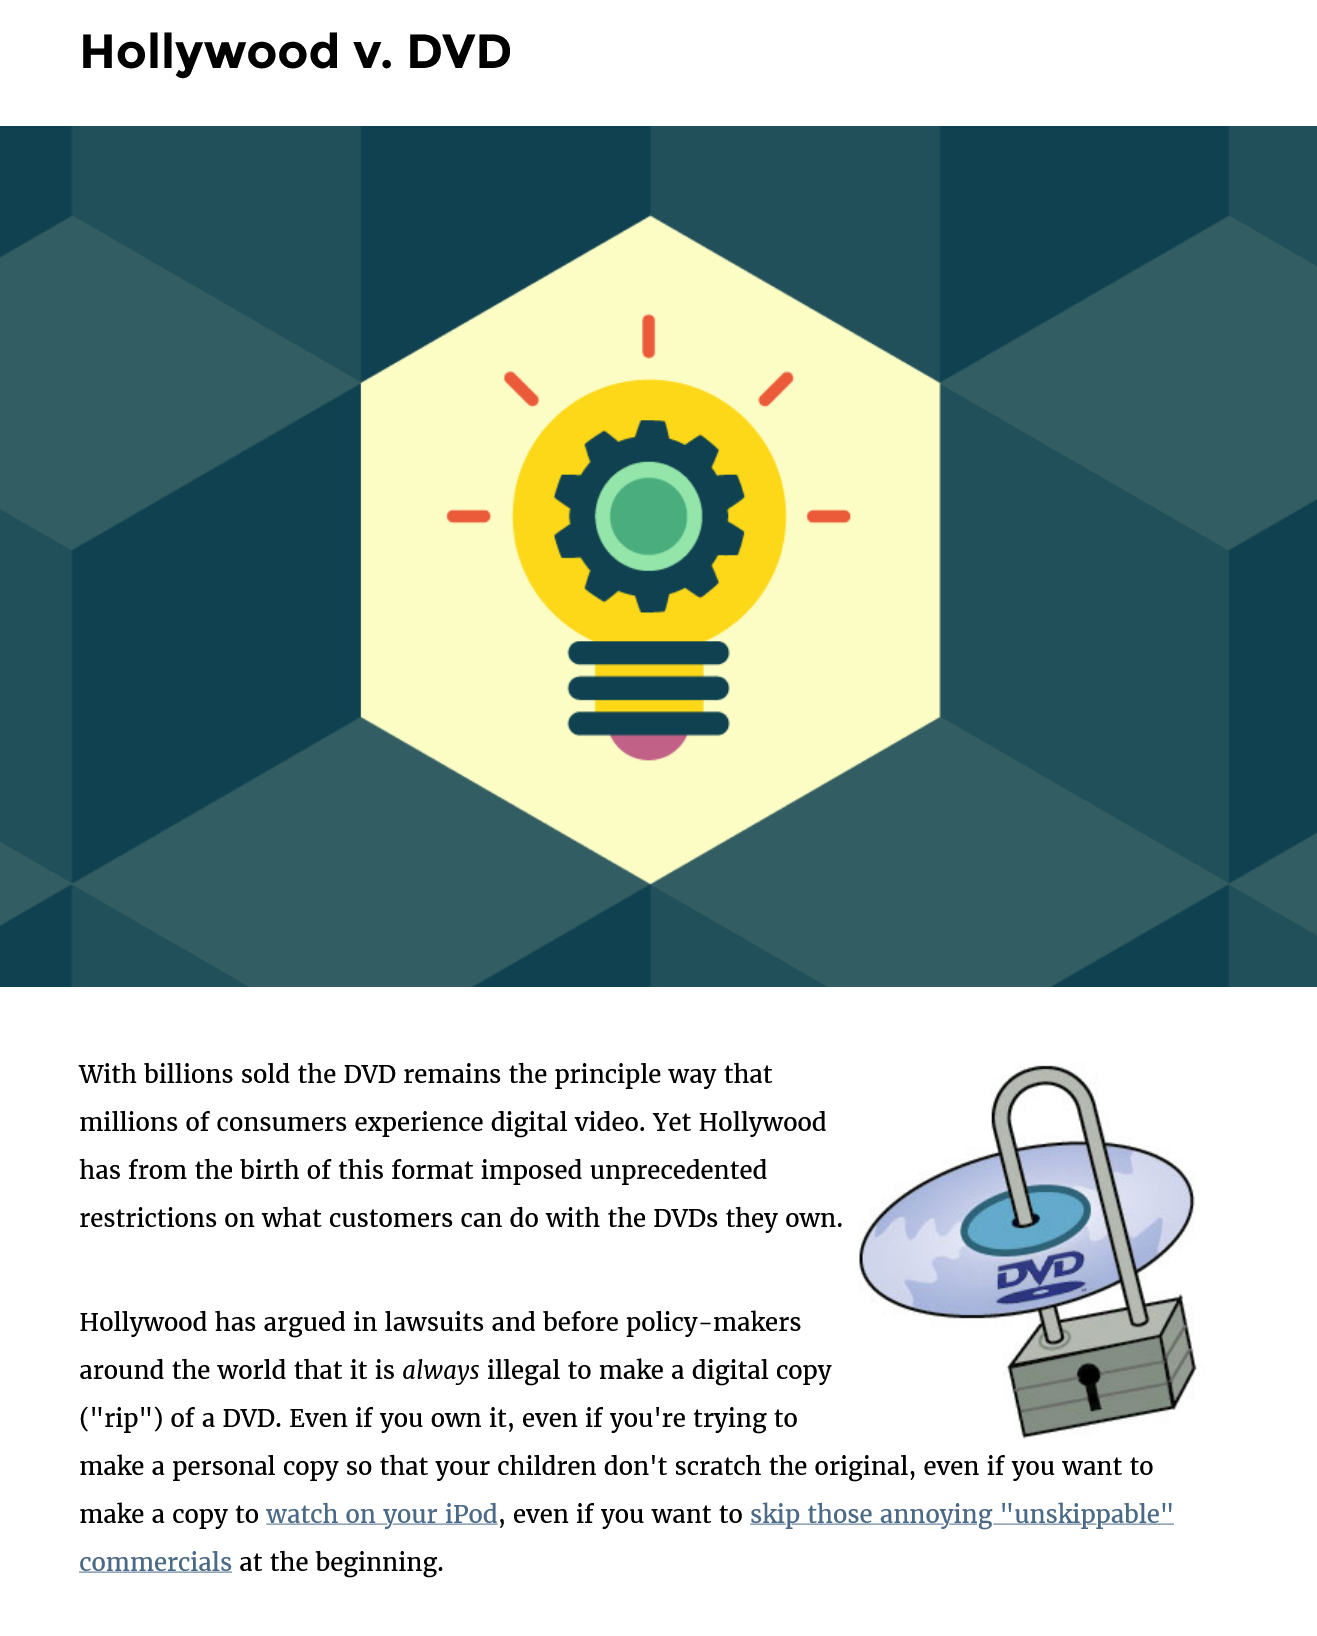
Hollywood    v.  DVD
     With billions sold the DVD remains the principle way that
     millions of consumers experience digital video. Yet Hollywood
     has from the birth of this format imposed unprecedented
     restrictions on what customers can do with the DVDs they own.
     Hollywood has argued in lawsuits and before policy-makers
     around the world that it is always illegal to make
     a
     digital copy
     ("rip") of a DVD. Even if you own it, even if you're trying to
     make a personal copy so that your children don't scratch the original, even if you want to
     commercials at the beginning.